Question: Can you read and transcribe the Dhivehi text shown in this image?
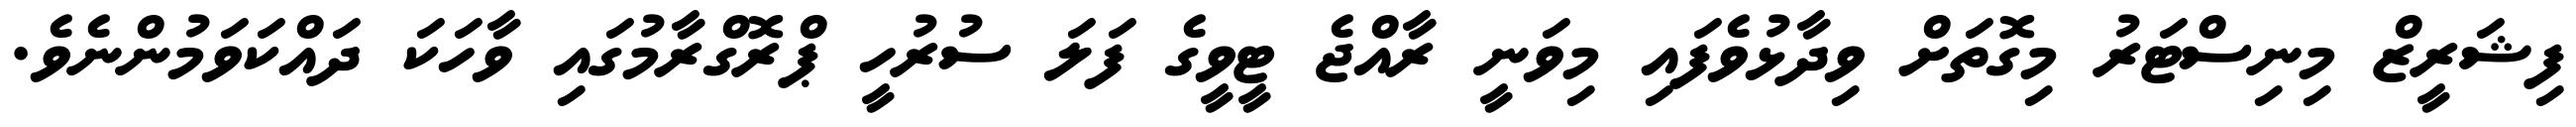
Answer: ފިޝަރީޒް މިނިސްޓަރު މިގޮތަށް ވިދާޅުވެފައި މިވަނީ ރާއްޖެ ޓީވީގެ ފަލަ ސުރުހީ ޕްރޮގްރާމުގައި ވާހަކަ ދައްކަވަމުންނެވެ.